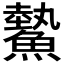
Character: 𩻉